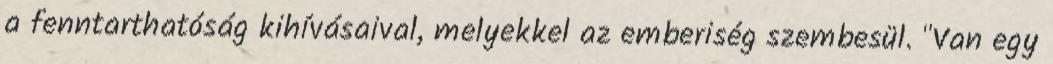
a fenntarthatóság kihívásaival, melyekkel az emberiség szembesül. "Van egy